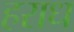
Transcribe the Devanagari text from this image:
हराध